Source: Handwritten
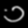
Digit: ၁ (1)